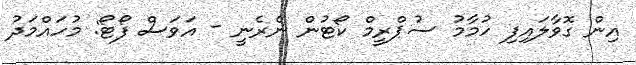
އިން ގޮވާލައިފި ހުމާމު ސުޕްރީމް ކޯޓުން ނެރެނީ - އަވަސް ފޯޓޯ: މުހައްމަދު